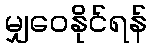
မျှဝေနိုင်ရန်